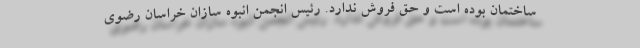
ساختمان بوده است و حق فروش ندارد. رئیس انجمن انبوه سازان خراسان رضوی